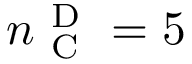
n _ { \mathrm { ~ C ~ } } ^ { \mathrm { ~ D ~ } } = 5